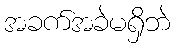
အခက်အခဲမရှိဘဲ